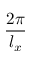
\frac { 2 \pi } { l _ { x } }